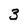
Character: 3